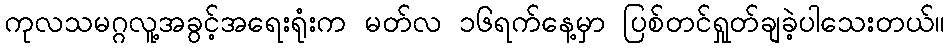
ကုလသမဂ္ဂလူ့အခွင့်အရေးရုံးက မတ်လ ၁၆ရက်နေ့မှာ ပြစ်တင်ရှုတ်ချခဲ့ပါသေးတယ်။